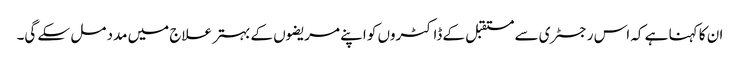
ان کا کہنا ہے کہ اس رجسٹری سے مستقبل کے ڈاکٹروں کو اپنے مریضوں کے بہتر علاج میں مدد مل سکے گی۔